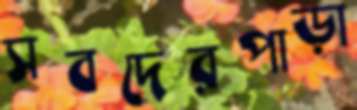
সবদেরপাড়া